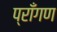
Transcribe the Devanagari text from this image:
प्राँगण